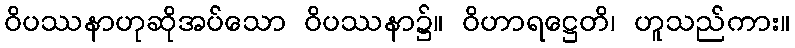
ဝိပဿနာဟုဆိုအပ်သော ဝိပဿနာ၌။ ဝိဟာရဋ္ဌေတိ၊ ဟူသည်ကား။